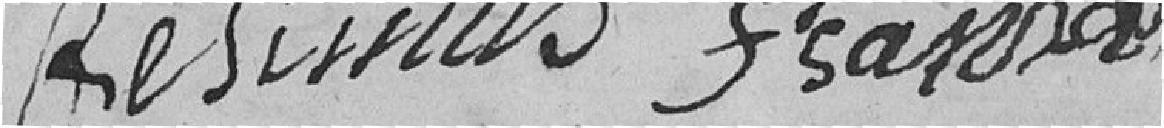
FESIMUS François